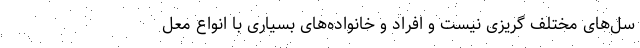
سل‌های مختلف گریزی نیست و افراد و خانواده‌های بسیاری با انواع معل